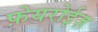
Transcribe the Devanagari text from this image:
फ़ेयरोईज़